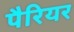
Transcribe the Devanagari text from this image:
पैरियर